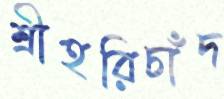
শ্রীহরিচাঁদ